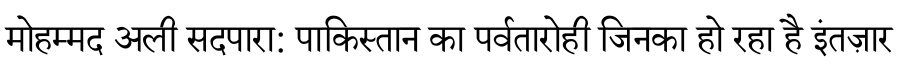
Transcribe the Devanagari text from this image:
मोहम्मद अली सदपारा: पाकिस्तान का पर्वतारोही जिनका हो रहा है इंतज़ार